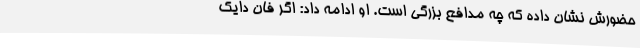
حضورش نشان داده که چه مدافع بزرگی است. او ادامه داد: اگر فان دایک